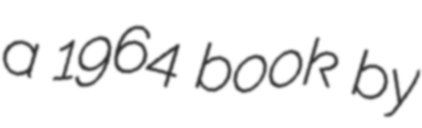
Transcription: a 1964 book by